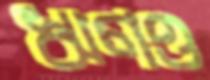
ঋণও